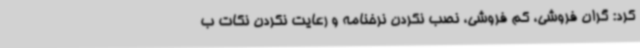
کرد: گران فروشی، کم فروشی، نصب نکردن نرخنامه و رعایت نکردن نکات ب